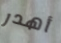
أهدر